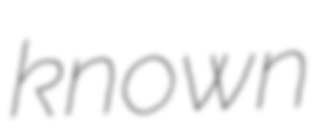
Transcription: known